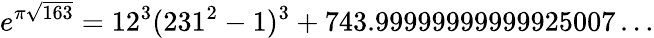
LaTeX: e^{\pi{\sqrt{163}}}=12^{3}(231^{2}-1)^{3}+743.99999999999925007\dots